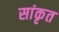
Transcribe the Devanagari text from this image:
सांकृत